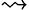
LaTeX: \rightsquigarrow